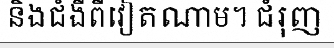
និងជំងឺពីវៀតណាម។ ជំរុញ